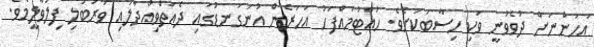
އަހަންނަށް ދުވެވުނީ ވަކި ހިސާބަކަށެވެ. ހުއްޓުމައްފަހު އަހަރެން އުނަގަނޑުގައި ދެއަތްވިއްދާލައި ވަރުބަލި ފިލުވާލީމެވެ.